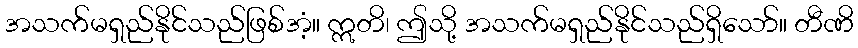
အသက်မရှည်နိုင်သည်ဖြစ်အံ့။ ဣတိ၊ ဤသို့ အသက်မရှည်နိုင်သည်ရှိသော်။ တီဏိ